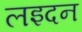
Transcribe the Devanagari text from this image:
लइदन